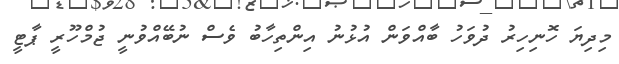
މިދިޔަ ހޮނިހިރު ދުވަހު ބާއްވަން އުޅުނު އިންތިހާބު ވެސް ނުބޭއްވުނީ ޖުމްހޫރީ ޕާޓީ